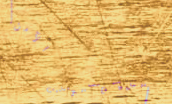
مستودعات التخزين الآمن: ح